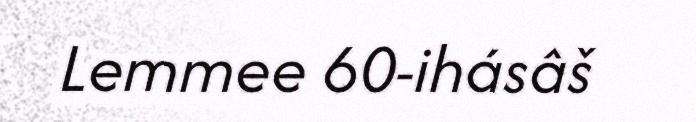
Lemmee 60-ihásâš